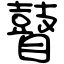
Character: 瞽